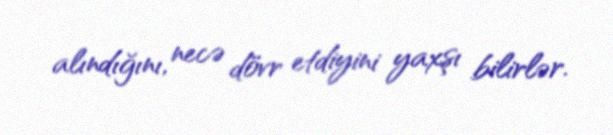
alındığını, necə dövr etdiyini yaxşı bilirlər.